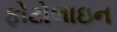
ફોટોલાઇન